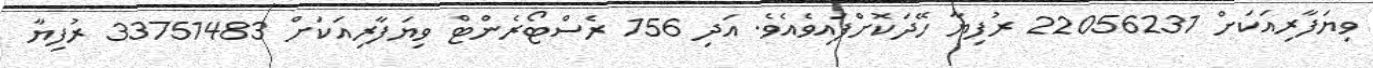
ވިޔަފާރިއަކަށް 22056231 ރުފިޔާ ހޭދަކޮށްފައިވެއެވެ. އަދި 156 ރެސްޓޯރެންޓް ވިޔަފާރިއަކަށް 33751483 ރުފިޔާ